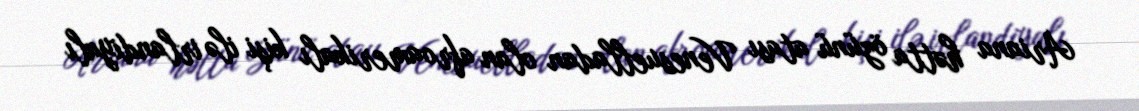
Ariana hətta özünü atası Venesuelladan olan afroamerikalı kişi ilə irlandiyalı